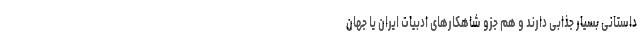
داستانی بسیار جذابی دارند و هم جزو شاهکارهای ادبیات ایران یا جهان